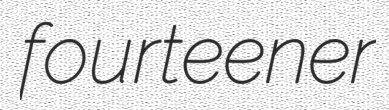
fourteener